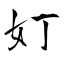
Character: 奵